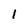
Character: I